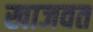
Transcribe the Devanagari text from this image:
खाजवत